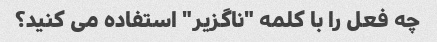
چه فعل را با کلمه "ناگزیر" استفاده می کنید؟